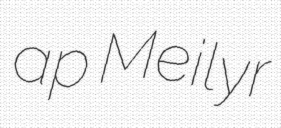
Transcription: ap Meilyr